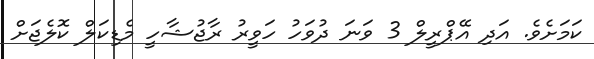
ކަމަށެވެ. އަދި އޭޕްރީލް 3 ވަނަ ދުވަހު ހަވީރު ރާޖުޝާހީ މެޑިކަލް ކޮލެޖަށް